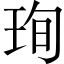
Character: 珣